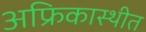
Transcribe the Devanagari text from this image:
अफ्रिकास्थीत